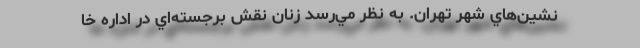
‌نشين‌هاي شهر تهران. به نظر مي‌رسد زنان نقش برجسته‌اي در اداره خا